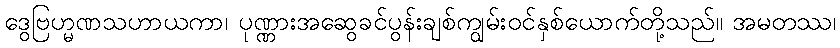
ဒွေဗြဟ္မဏသဟာယကာ၊ ပုဏ္ဏားအဆွေခင်ပွန်းချစ်ကျွမ်းဝင်နှစ်ယောက်တို့သည်။ အမတဿ၊